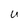
Character: U